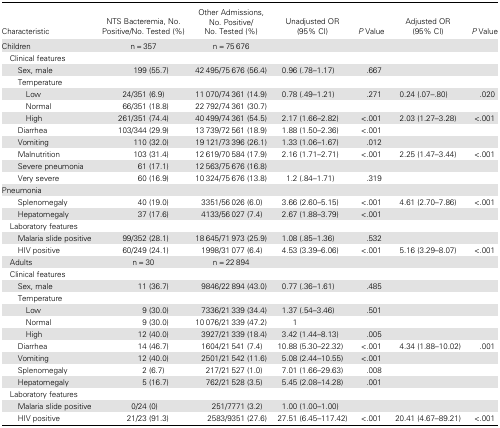
<table><thead><tr><td><b>Characteristic</b></td><td><b>NTS Bacteremia, No. Positive/No. Tested (%)</b></td><td><b>Other Admissions,No. Positive/No. Tested (%)</b></td><td><b>Unadjusted OR(95% CI)</b></td><td><b><i>P</i> Value</b></td><td><b>Adjusted OR(95% CI)</b></td><td><b><i>P</i> Value</b></td></tr></thead><tbody><tr><td>Children</td><td>n = 357</td><td>n = 75 676</td><td></td><td></td><td></td><td></td></tr><tr><td colspan="7"> Clinical features</td></tr><tr><td>Sex, male</td><td>199 (55.7)</td><td>42 495/75 676 (56.4)</td><td>0.96 (.78–1.17)</td><td>.667</td><td></td><td></td></tr><tr><td>Temperature</td><td></td><td></td><td></td><td></td><td></td><td></td></tr><tr><td>Low</td><td>24/351 (6.9)</td><td>11 070/74 361 (14.9)</td><td>0.78 (.49–1.21)</td><td>.271</td><td>0.24 (.07–.80)</td><td>.020</td></tr><tr><td>Normal</td><td>66/351 (18.8)</td><td>22 792/74 361 (30.7)</td><td></td><td></td><td></td><td></td></tr><tr><td>High</td><td>261/351 (74.4)</td><td>40 499/74 361 (54.5)</td><td>2.17 (1.66–2.82)</td><td>&lt;.001</td><td>2.03 (1.27–3.28)</td><td>&lt;.001</td></tr><tr><td>Diarrhea</td><td>103/344 (29.9)</td><td>13 739/72 561 (18.9)</td><td>1.88 (1.50–2.36)</td><td>&lt;.001</td><td></td><td></td></tr><tr><td>Vomiting</td><td>110 (32.0)</td><td>19 121/73 396 (26.1)</td><td>1.33 (1.06–1.67)</td><td>.012</td><td></td><td></td></tr><tr><td>Malnutrition</td><td>103 (31.4)</td><td>12 619/70 584 (17.9)</td><td>2.16 (1.71–2.71)</td><td>&lt;.001</td><td>2.25 (1.47–3.44)</td><td>&lt;.001</td></tr><tr><td>Severe pneumonia</td><td>61 (17.1)</td><td>12 563/75 676 (16.8)</td><td></td><td></td><td></td><td></td></tr><tr><td>Very severe</td><td>60 (16.9)</td><td>10 324/75 676 (13.8)</td><td>1.2 (.84–1.71)</td><td>.319</td><td></td><td></td></tr><tr><td colspan="7">Pneumonia</td></tr><tr><td>Splenomegaly</td><td>40 (19.0)</td><td>3351/56 026 (6.0)</td><td>3.66 (2.60–5.15)</td><td>&lt;.001</td><td>4.61 (2.70–7.86)</td><td>&lt;.001</td></tr><tr><td>Hepatomegaly</td><td>37 (17.6)</td><td>4133/56 027 (7.4)</td><td>2.67 (1.88–3.79)</td><td>&lt;.001</td><td></td><td></td></tr><tr><td colspan="7"> Laboratory features</td></tr><tr><td>Malaria slide positive</td><td>99/352 (28.1)</td><td>18 645/71 973 (25.9)</td><td>1.08 (.85–1.36)</td><td>.532</td><td></td><td></td></tr><tr><td>HIV positive</td><td>60/249 (24.1)</td><td>1998/31 077 (6.4)</td><td>4.53 (3.39–6.06)</td><td>&lt;.001</td><td>5.16 (3.29–8.07)</td><td>&lt;.001</td></tr><tr><td> Adults</td><td>n = 30</td><td>n = 22 894</td><td></td><td></td><td></td><td></td></tr><tr><td colspan="7"> Clinical features</td></tr><tr><td>Sex, male</td><td>11 (36.7)</td><td>9846/22 894 (43.0)</td><td>0.77 (.36–1.61)</td><td>.485</td><td></td><td></td></tr><tr><td>Temperature</td><td></td><td></td><td></td><td></td><td></td><td></td></tr><tr><td>Low</td><td>9 (30.0)</td><td>7336/21 339 (34.4)</td><td>1.37 (.54–3.46)</td><td>.501</td><td></td><td></td></tr><tr><td>Normal</td><td>9 (30.0)</td><td>10 076/21 339 (47.2)</td><td>1</td><td></td><td></td><td></td></tr><tr><td>High</td><td>12 (40.0)</td><td>3927/21 339 (18.4)</td><td>3.42 (1.44–8.13)</td><td>.005</td><td></td><td></td></tr><tr><td>Diarrhea</td><td>14 (46.7)</td><td>1604/21 541 (7.4)</td><td>10.88 (5.30–22.32)</td><td>&lt;.001</td><td>4.34 (1.88–10.02)</td><td>.001</td></tr><tr><td>Vomiting</td><td>12 (40.0)</td><td>2501/21 542 (11.6)</td><td>5.08 (2.44–10.55)</td><td>&lt;.001</td><td></td><td></td></tr><tr><td>Splenomegaly</td><td>2 (6.7)</td><td>217/21 527 (1.0)</td><td>7.01 (1.66–29.63)</td><td>.008</td><td></td><td></td></tr><tr><td>Hepatomegaly</td><td>5 (16.7)</td><td>762/21 528 (3.5)</td><td>5.45 (2.08–14.28)</td><td>.001</td><td></td><td></td></tr><tr><td colspan="7"> Laboratory features</td></tr><tr><td>Malaria slide positive</td><td>0/24 (0)</td><td>251/7771 (3.2)</td><td>1.00 (1.00–1.00)</td><td></td><td></td><td></td></tr><tr><td>HIV positive</td><td>21/23 (91.3)</td><td>2583/9351 (27.6)</td><td>27.51 (6.45–117.42)</td><td>&lt;.001</td><td>20.41 (4.67–89.21)</td><td>&lt;.001</td></tr></tbody></table>